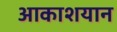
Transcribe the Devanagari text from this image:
आकाशयान